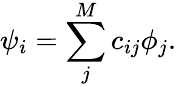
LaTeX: \psi_{i}=\sum_{j}^{M}c_{ij}\phi_{j}.